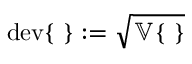
\mathrm { d e v } \{ ~ \} : = \sqrt { \mathbb { V } \{ ~ \} }